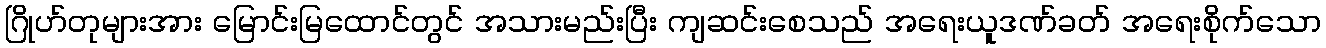
ဂြိုဟ်တုများအား မြောင်းမြထောင်တွင် အသားမည်းပြီး ကျဆင်းစေသည် အရေးယူဒဏ်ခတ် အရေးစိုက်သော